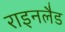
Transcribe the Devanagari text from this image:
राइनलैड